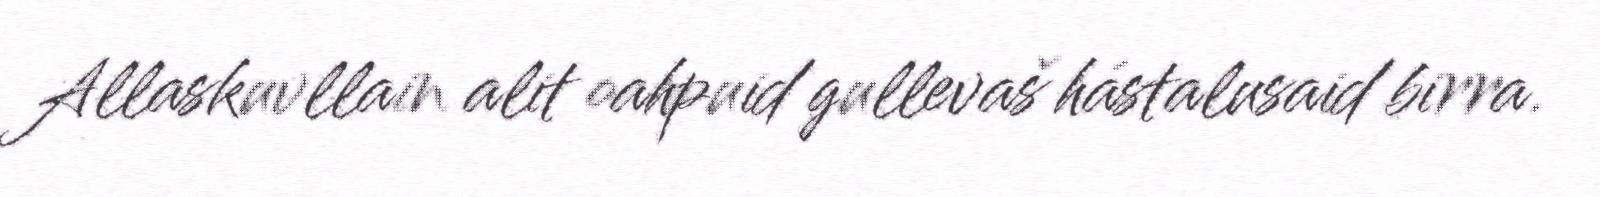
Allaskuvllain alit oahpuid gullevaš hástalusaid birra.